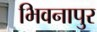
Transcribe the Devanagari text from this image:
भिवनापुर